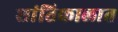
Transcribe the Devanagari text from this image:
शांतिकालात